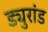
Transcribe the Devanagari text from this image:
ड्युरांड